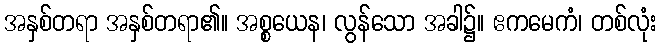
အနှစ်တရာ အနှစ်တရာ၏။ အစ္စယေန၊ လွန်သော အခါ၌။ ဧကမေကံ၊ တစ်လုံး